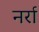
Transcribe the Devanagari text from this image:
नर्रा